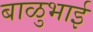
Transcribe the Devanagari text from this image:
बाळुभाई